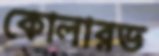
কোলারভ